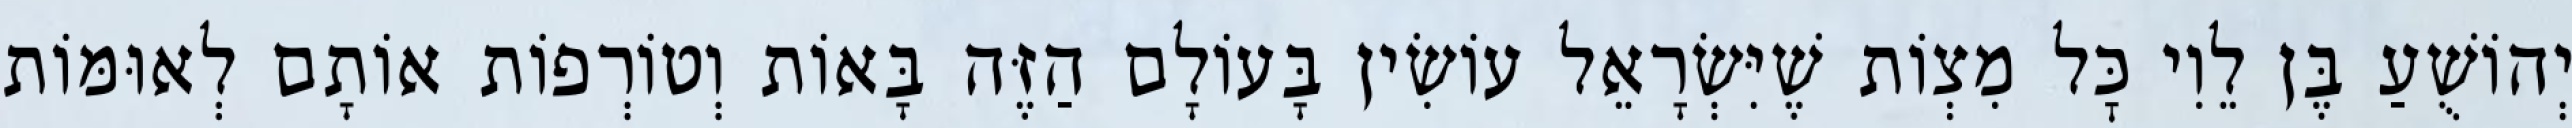
יְהוֹשֻׁעַ בֶּן לֵוִי כׇּל מִצְוֹת שֶׁיִּשְׂרָאֵל עוֹשִׂין בָּעוֹלָם הַזֶּה בָּאוֹת וְטוֹרְפוֹת אוֹתָם לְאוּמּוֹת